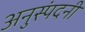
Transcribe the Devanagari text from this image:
अनुस्पंदनी